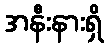
အနီးနားရှိ